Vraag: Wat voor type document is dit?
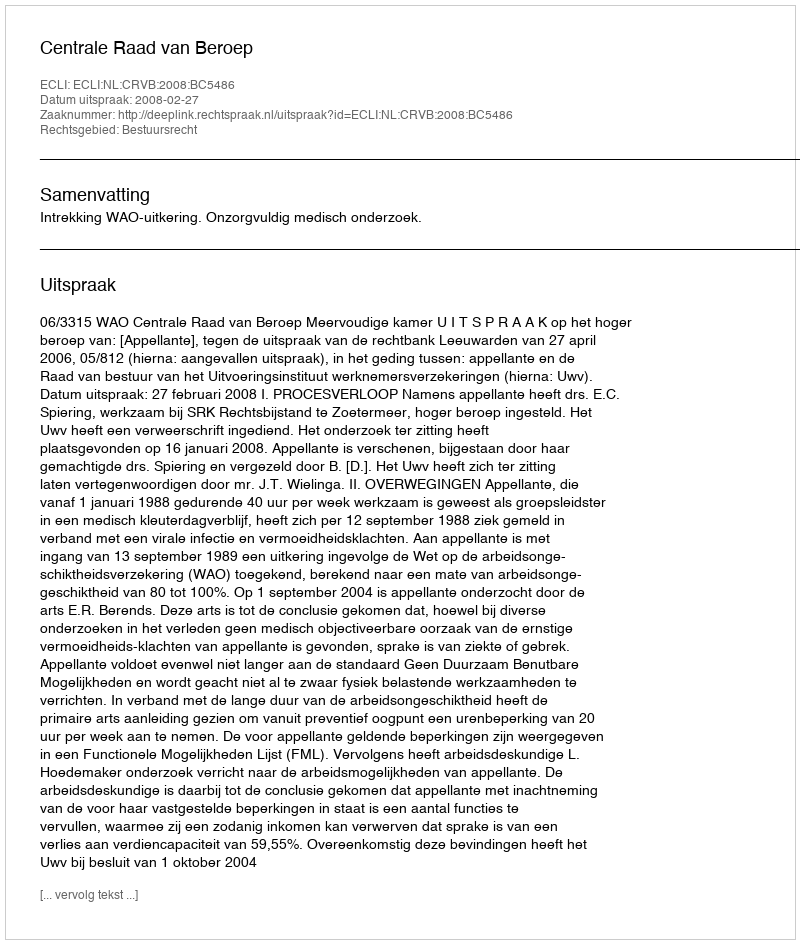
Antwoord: Uitspraak